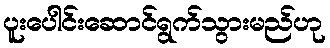
ပူးပေါင်းဆောင်ရွက်သွားမည်ဟု